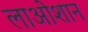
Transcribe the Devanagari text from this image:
लाओशान